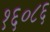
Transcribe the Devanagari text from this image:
१६०८६